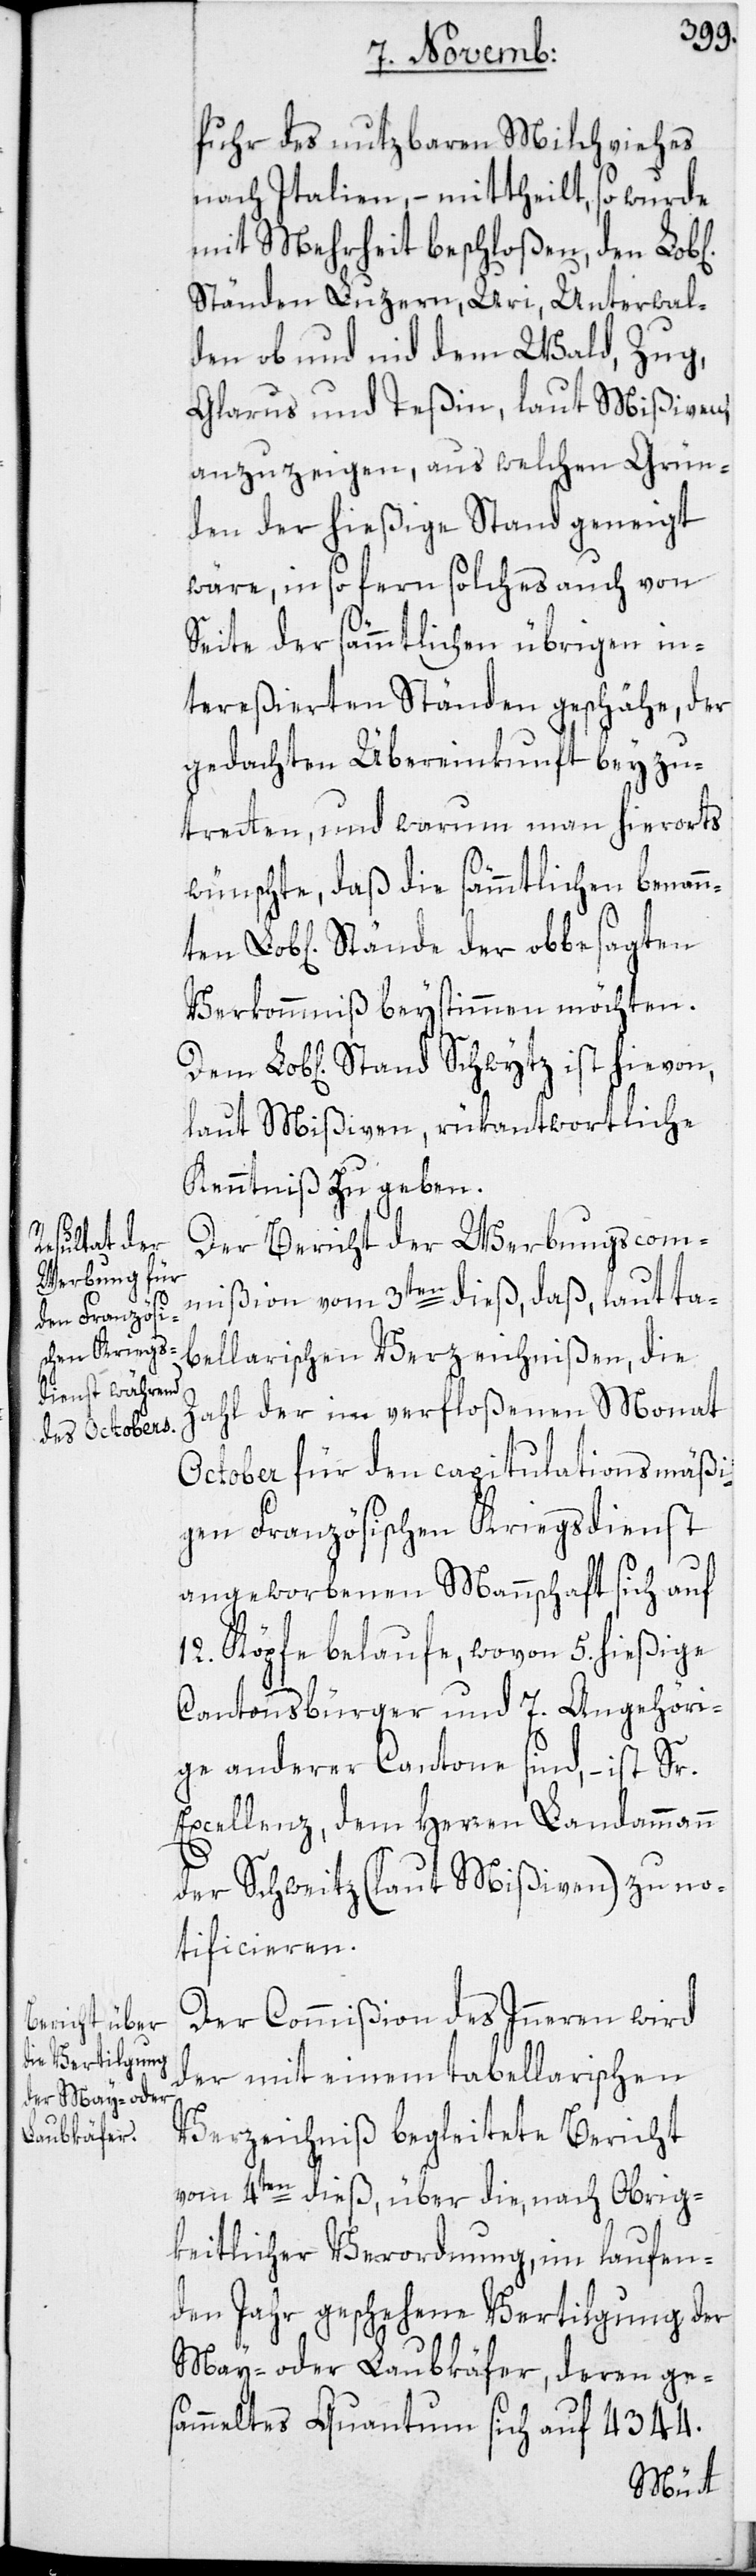
ten Lob[lic¬

fuhr des nutzbaren Milchviehes
nach Italien, – mittheilt, so wurde
mit Mehrheit beschloßen, den Lob[l¬
Ständen Luzern, Uri, Unterwal¬
den ob und nid dem Wald, Zug,
Glarus und Teßin, laut Mißiven,
anzuzeigen, aus welchen Grün¬
den der hießige Stand geneigt
wäre, in so fern solches auch von
Seite der sämmtlichen übrigen in¬
tereßierten Ständen geschähe, der
gedachten Übereinkunft beyzu¬
tretten, und warum man hierorts
wünschte, daß die sämmtlichen benann¬
hen] Stände der obbesagten
Verkommniß beystimmen möchten.
laut Mißiven, rükantwortliche
Kenntniß zu geben.
Der Bericht der Werbungscom¬
mißion vom 3ten dieß, daß, laut ta¬
bellarischen Verzeichnißen, die
Zahl der im verfloßenen Monat
October für den capitulationsmäßi¬
gen Französischen Kriegsdienst
angeworbenen Mannschaft sich auf
12. Köpfe belaufe, wovon 5. hießige
Cantonsbürger und 7. Angehöri¬
ge anderer Cantone sind, – ist Sr.
Excellenz, dem Herren Landammann
der Schweitz (laut Mißiven) zu no¬
tificieren.
Der Commißion des Inneren wird
der mit einem tabellarischen
Verzeichniß begleitete Bericht
vom 4ten dieß, über die, nach Obrig¬
keitlicher Verordnung, im laufen¬
den Jahr geschehene Vertilgung der
May- oder Laubkäfer, deren ge¬
sammeltes Quantum sich auf 4344.
ichen]